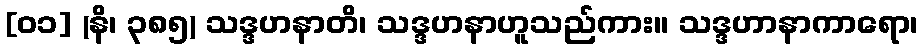
[၀၁] (နိ၊ ၃၈၅) သဒ္ဒဟနာတိ၊ သဒ္ဒဟနာဟူသည်ကား။ သဒ္ဒဟာနာကာရော၊